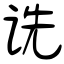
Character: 诜